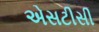
એસટીસી